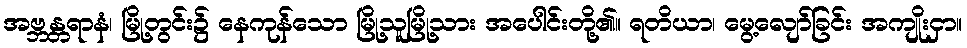
အဗ္ဘန္တရာနံ၊ မြို့တွင်း၌ နေကုန်သော မြို့သူမြို့သား အပေါင်းတို့၏။ ရတိယာ၊ မွေ့လျော်ခြင်း အကျိုးငှာ။